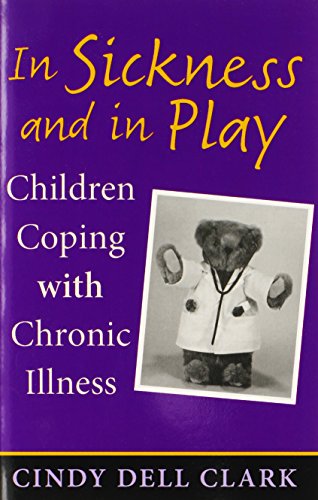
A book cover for In Sickness and in Play: Children Coping with Chronic Illness (Series in Childhood Studies); Cindy Dell Clark; Health, Fitness & Dieting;